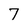
Character: 7